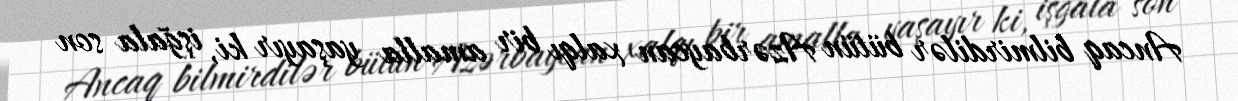
Ancaq bilmirdilər bütün Azərbaycan xalqı bir amalla yaşayır ki, işğala son